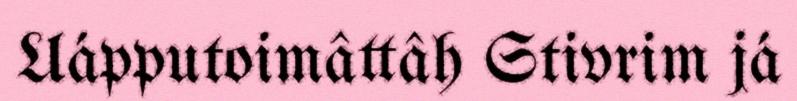
Uápputoimâttâh Stivrim já